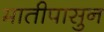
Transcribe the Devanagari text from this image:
मातीपासुन